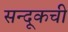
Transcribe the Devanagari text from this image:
सन्दूकची